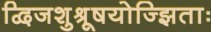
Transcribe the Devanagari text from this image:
द्विजशुश्रूषयोज्झिताः